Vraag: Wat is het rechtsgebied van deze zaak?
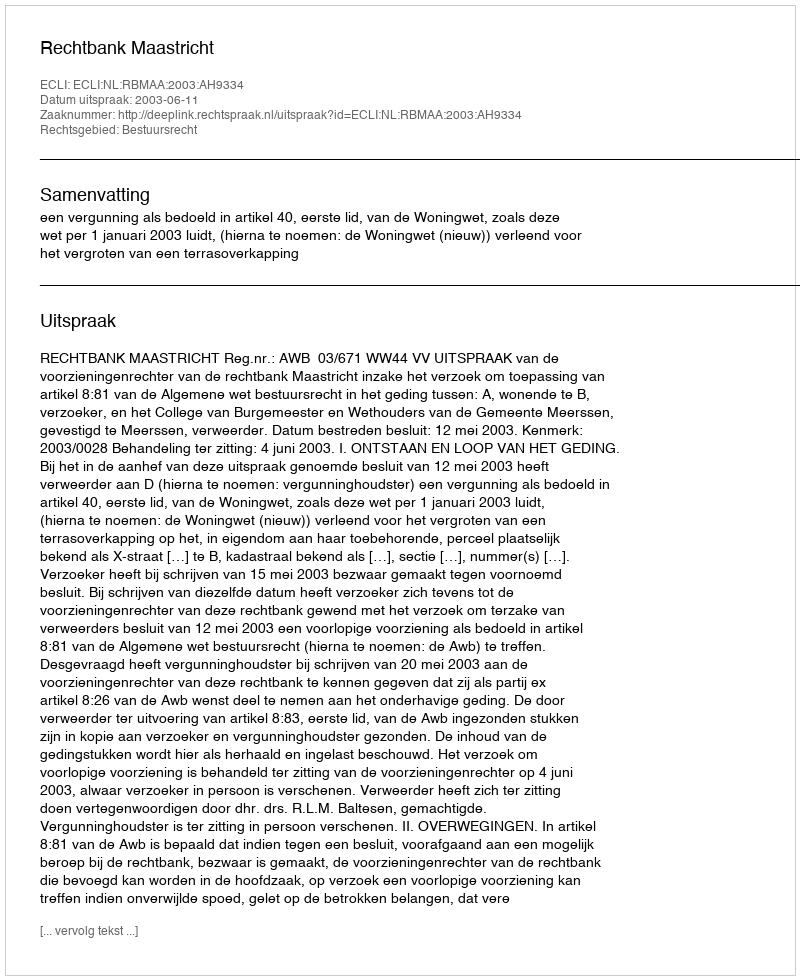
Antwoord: Bestuursrecht